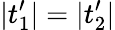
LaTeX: |t_{1}^{\prime}|=|t_{2}^{\prime}|